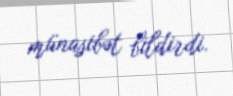
münasibət bildirdi.